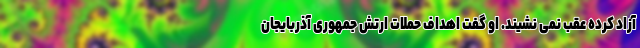
آزاد کرده عقب نمی نشیند. او گفت اهداف حملات ارتش جمهوری آذربایجان